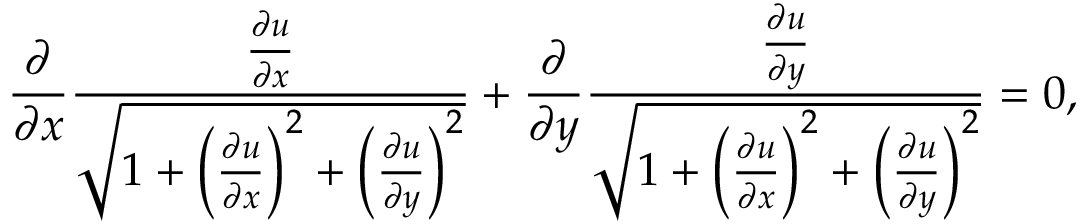
{ \frac { \partial } { \partial x } } { \frac { \frac { \partial u } { \partial x } } { \sqrt { 1 + \left( { \frac { \partial u } { \partial x } } \right) ^ { 2 } + \left( { \frac { \partial u } { \partial y } } \right) ^ { 2 } } } } + { \frac { \partial } { \partial y } } { \frac { \frac { \partial u } { \partial y } } { \sqrt { 1 + \left( { \frac { \partial u } { \partial x } } \right) ^ { 2 } + \left( { \frac { \partial u } { \partial y } } \right) ^ { 2 } } } } = 0 ,